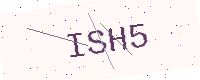
Text: ISH5